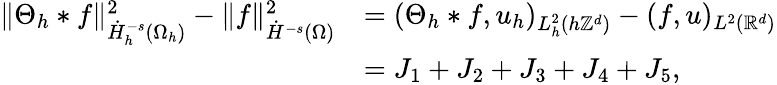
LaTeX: \begin{array}{rl}{\| \Theta_{h}*f\| _{\dot{H}_{h}^{-s}(\Omega_{h})}^{2}-\| f\| _{\dot{H}^{-s}(\Omega)}^{2}}&{=(\Theta_{h}*f,u_{h})_{L_{h}^{2}(h\mathbb{Z}^{d})}-(f,u)_{L^{2}(\mathbb{R}^{d})}}\\ &{=J_{1}+J_{2}+J_{3}+J_{4}+J_{5},}\end{array}